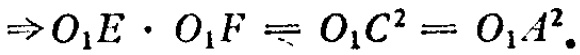
\(\Rightarrow O_{1}E\cdot O_{1}F = O_{1}C^{2}=O_{1}A^{2}.\)